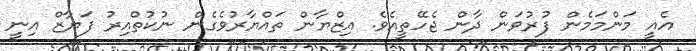
އެއީ މަންމަމެން ފުރުވަން ދާން ޖެހޭތީއެވެ. އިޒްޔާން ތައްޔާރުވެގެން ނުކުތްއިރު ފަޔާޒް އިނީ